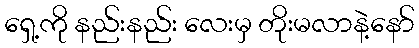
ရှေ့ကို နည်းနည်း လေးမှ တိုးမလာနဲ့နော်